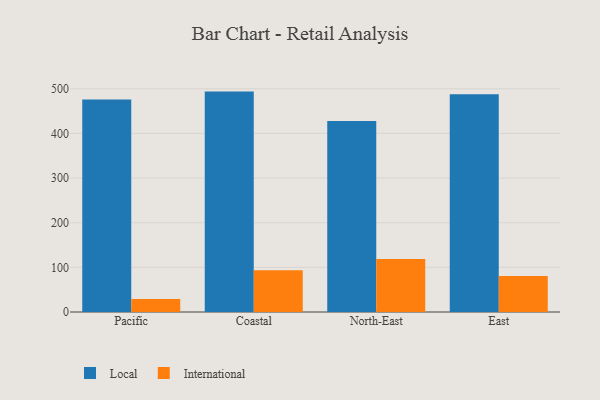
{"axis": {"x": "Region", "y": "Shipments"}, "legend": ["International", "Local"], "data": [{"x": "Pacific", "y": 475.9, "type": "Local"}, {"x": "Pacific", "y": 28.9, "type": "International"}, {"x": "Coastal", "y": 493.7, "type": "Local"}, {"x": "Coastal", "y": 93.3, "type": "International"}, {"x": "North-East", "y": 428.0, "type": "Local"}, {"x": "North-East", "y": 119.0, "type": "International"}, {"x": "East", "y": 487.6, "type": "Local"}, {"x": "East", "y": 80.5, "type": "International"}]}